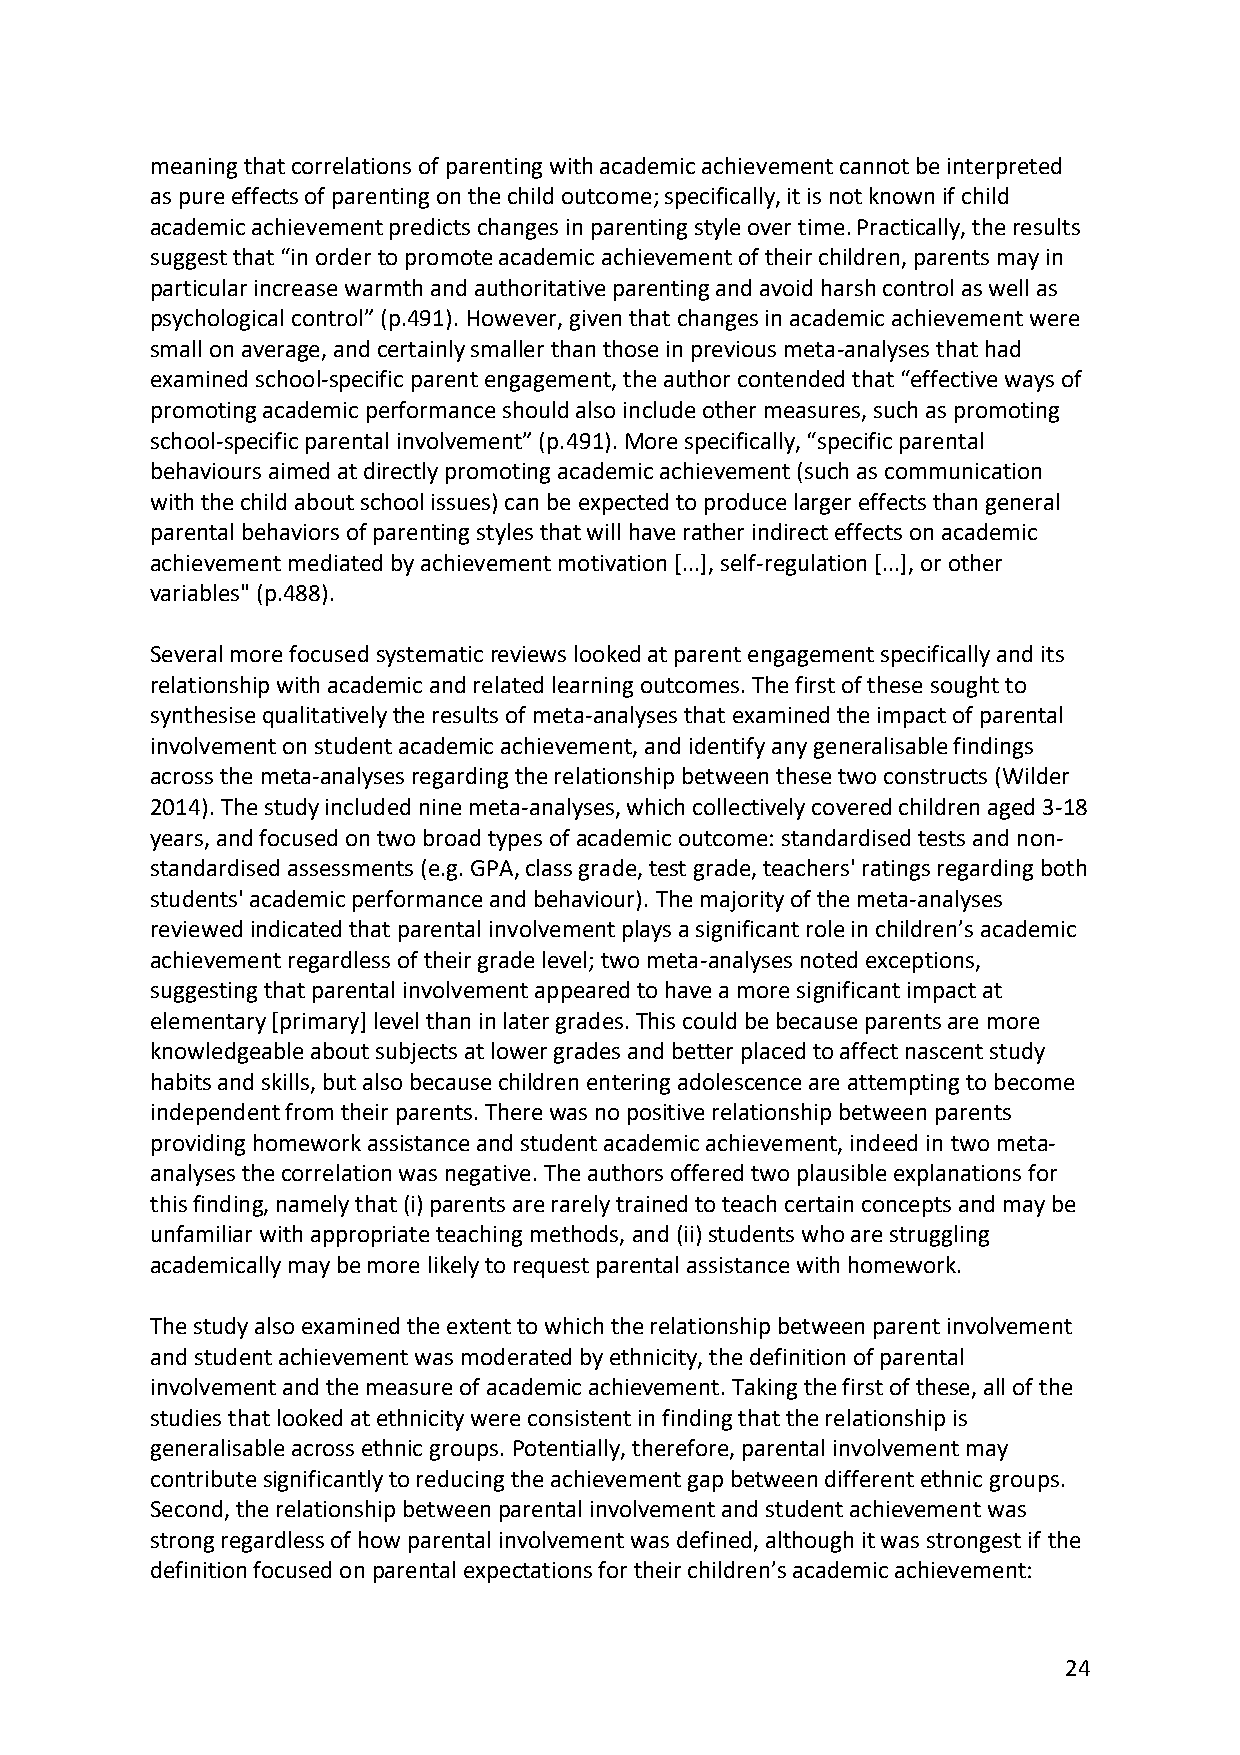
meaning that correlations of parenting with academic achievement cannot be interpreted
 as pure effects of parenting on the child outcome; specifically, it is not known if child
 academic achievement predicts changes in parenting style over time. Practically, the results
 suggest that “in order to promote academic achievement of their children, parents may in
 particular increase warmth and authoritative parenting and avoid harsh control as well as
 psychological control” (p.491). However, given that changes in academic achievement were
 small on average, and certainly smaller than those in previous meta-analyses that had
 examined school-specific parent engagement, the author contended that “effective ways of
 promoting academic performance should also include other measures, such as promoting
 school-specific parental involvement” (p.491). More specifically, “specific parental
 behaviours aimed at directly promoting academic achievement (such as communication
 with the child about school issues) can be expected to produce larger effects than general
 parental behaviors of parenting styles that will have rather indirect effects on academic
 achievement mediated by achievement motivation [...], self-regulation [...], or other
 variables" (p.488).
 Several more focused systematic reviews looked at parent engagement specifically and its
 relationship with academic and related learning outcomes. The first of these sought to
 synthesise qualitatively the results of meta-analyses that examined the impact of parental
 involvement on student academic achievement, and identify any generalisable findings
 across the meta-analyses regarding the relationship between these two constructs (Wilder
 2014). The study included nine meta-analyses, which collectively covered children aged 3-18
 years, and focused on two broad types of academic outcome: standardised tests and non-
 standardised assessments (e.g. GPA, class grade, test grade, teachers' ratings regarding both
 students' academic performance and behaviour). The majority of the meta-analyses
 reviewed indicated that parental involvement plays a significant role in children’s academic
 achievement regardless of their grade level; two meta-analyses noted exceptions,
 suggesting that parental involvement appeared to have a more significant impact at
 elementary [primary] level than in later grades. This could be because parents are more
 knowledgeable about subjects at lower grades and better placed to affect nascent study
 habits and skills, but also because children entering adolescence are attempting to become
 independent from their parents. There was no positive relationship between parents
 providing homework assistance and student academic achievement, indeed in two meta-
 analyses the correlation was negative. The authors offered two plausible explanations for
 this finding, namely that (i) parents are rarely trained to teach certain concepts and may be
 unfamiliar with appropriate teaching methods, and (ii) students who are struggling
 academically may be more likely to request parental assistance with homework.
 The study also examined the extent to which the relationship between parent involvement
 and student achievement was moderated by ethnicity, the definition of parental
 involvement and the measure of academic achievement. Taking the first of these, all of the
 studies that looked at ethnicity were consistent in finding that the relationship is
 generalisable across ethnic groups. Potentially, therefore, parental involvement may
 contribute significantly to reducing the achievement gap between different ethnic groups.
 Second, the relationship between parental involvement and student achievement was
 strong regardless of how parental involvement was defined, although it was strongest if the
 definition focused on parental expectations for their children’s academic achievement:
 24